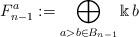
LaTeX: \begin{align*}F^a_{n-1} := \bigoplus_{a> b\in B_{n-1}}\Bbbk\thinspace b\end{align*}